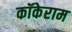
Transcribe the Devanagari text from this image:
कॉकेराम